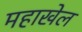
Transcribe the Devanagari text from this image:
महाखेल